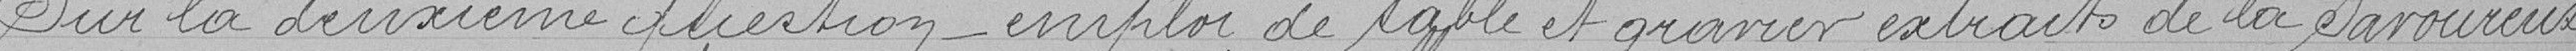
Sur la deuxième question - emploi de sable et gravier extraits de la savouereuse